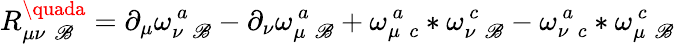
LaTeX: R_{\mu\nu\, \, \mathscr{B}}^{\quada}=\partial_{\mu}\omega_{\nu\, \, \mathscr{B}}^{\, a}-\partial_{\nu}\omega_{\mu\, \, \mathscr{B}}^{\, a}+\omega_{\mu\, \, c}^{\, a}\ast\omega_{\nu\, \, \mathscr{B}}^{\, c}-\omega_{\nu\, \, c}^{\, a}\ast\omega_{\mu\, \, \mathscr{B}}^{\, c}